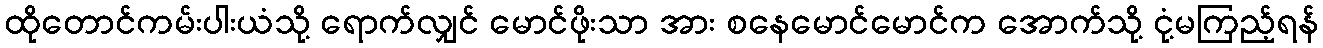
ထိုတောင်ကမ်းပါးယံသို့ ရောက်လျှင် မောင်ဖိုးသာ အား စနေမောင်မောင်က အောက်သို့ ငုံ့မကြည့်ရန်